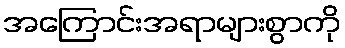
အကြောင်းအရာများစွာကို